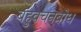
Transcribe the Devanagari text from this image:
बहुवचनबोध